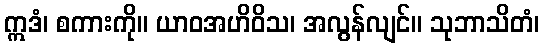
ဣဒံ၊ စကားကို။ ယာဝအဟိဝိသ၊ အလွန်လျင်။ သုဘာသိတံ၊